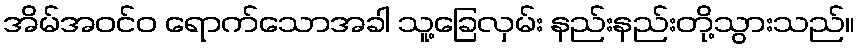
အိမ်အဝင်ဝ ရောက်သောအခါ သူ့ခြေလှမ်း နည်းနည်းတို့သွားသည်။